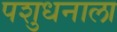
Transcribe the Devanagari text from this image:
पशुधनाला